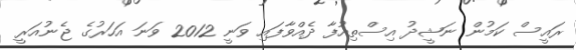
ރައީސް ކަމުން ނަޝީދު އިސްތިއުފާ ދެއްވާފައި ވަނީ 2012 ވަނަ އަހަރުގެ ޖެނުއަރީ